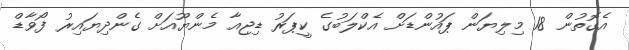
އެގޮތުން 18 މިލިޔަން ޕައުންޑަށް އެކްލަބުގެ ކީޕަރު ޑިޖިއާ މެންޔޫއަށް ގެންދިޔައިރު ފޯވާޑް